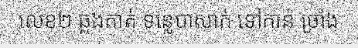
លេខ២ ឆ្លងកាត់ ទន្លេបាសាក់ ទៅកាន់ ច្រាំង